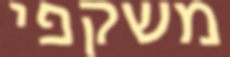
משקפי